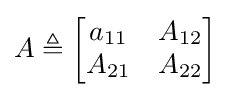
A\triangleq {\begin{bmatrix}a_{11}&A_{12}\\A_{21}&A_{22}\end{bmatrix}}